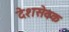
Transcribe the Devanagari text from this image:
देशसेवक